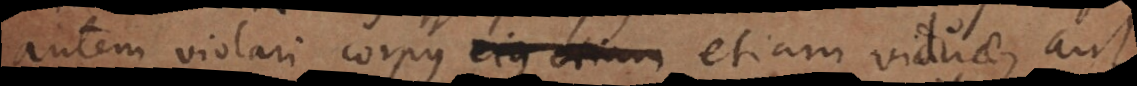
autem violari corpus ejus etiam viduae, aut